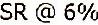
SR @ 6%